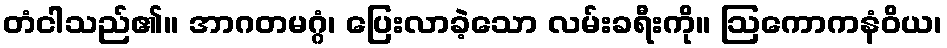
တံငါသည်၏။ အာဂတမဂ္ဂံ၊ ပြေးလာခဲ့သော လမ်းခရီးကို။ ဩကောကနံဝိယ၊